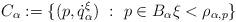
LaTeX: \begin{align*}C_\alpha:= \{ (p, \dot{q}_\alpha^\xi) \ : \ p \in B_\alpha \xi < \rho_{\alpha,p} \}\end{align*}